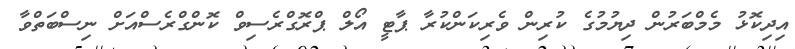
އިދިކޮޅު މެމްބަރުން ދިޔުމުގެ ކުރިން ވެރިކަންކުރާ ޕާޓީ އޯލް ޕްރޮގްރެސިވް ކޮންގްރެސްއަށް ނިސްބަތްވާ